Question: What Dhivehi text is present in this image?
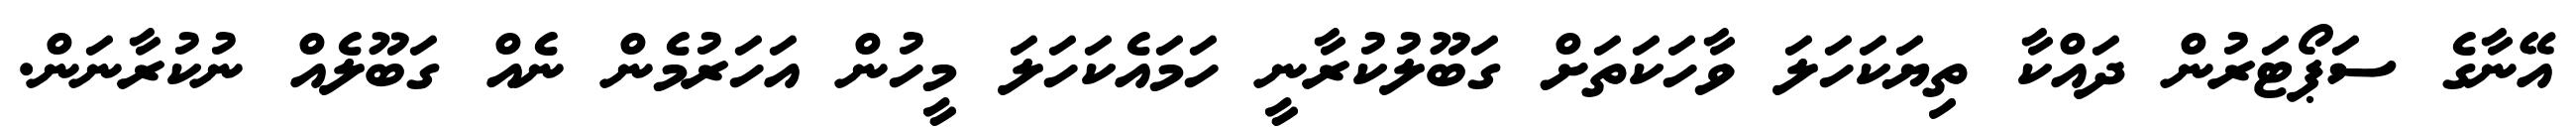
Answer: އޭނާގެ ސަޕޯޓަރުން ދައްކާ ތިޔަކަހަލަ ވާހަކަތަށް ގަބޫލުކުރާނީ ހަމައެކަހަލަ މީހުން އަހަރުމެން ނެއް ގަބޫލެއް ނުކުރާނަން.